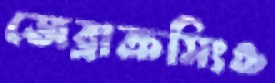
জেব্রাক্রসিংও